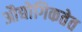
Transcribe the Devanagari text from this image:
औद्योगिकतेत